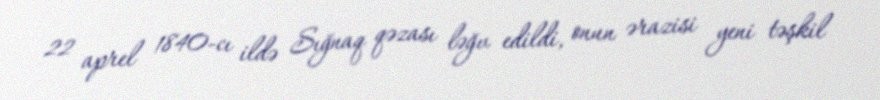
22 aprel 1840-cı ildə Sığnaq qəzası ləğv edildi, onun ərazisi yeni təşkil